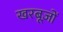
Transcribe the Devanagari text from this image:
खरबूज़ों